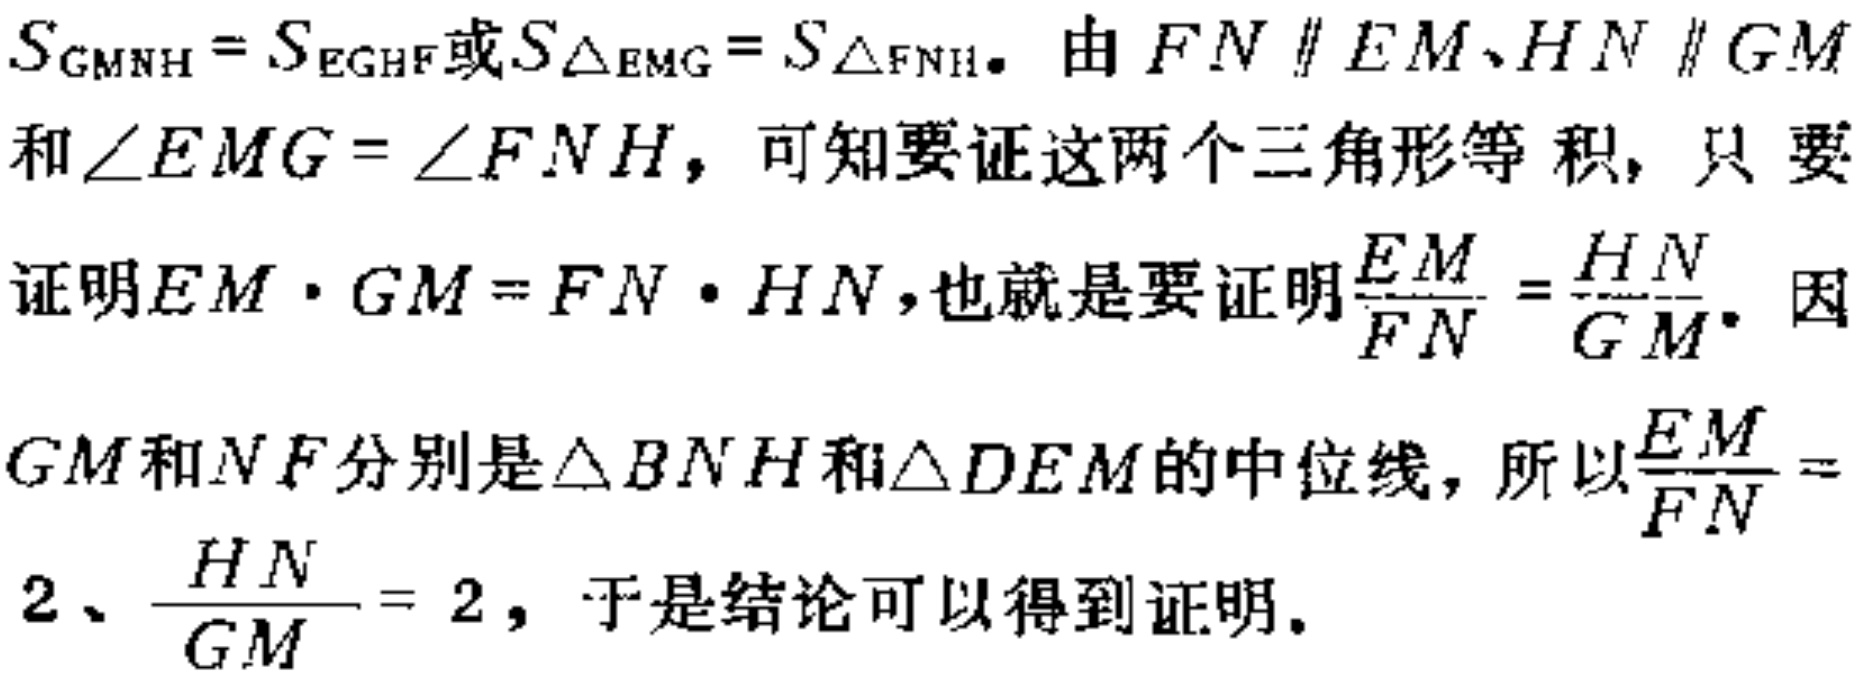
\(S_{GMNH}=S_{EGHF}或S_{\triangle EMG}=S_{\triangle FNH}。由FN\parallel EM、HN\parallel GM\)
\(和\angle EMG = \angle FNH，可知要证这两个三角形等积，只要\)
\(证明EM\cdot GM = FN\cdot HN，也就是要证明\frac{EM}{FN}=\frac{HN}{GM}。因\)
\(GM和NF分别是\triangle BNH和\triangle DEM的中位线，所以\frac{EM}{FN} =\)
\(2、\frac{HN}{GM}=2，于是结论可以得到证明。\)